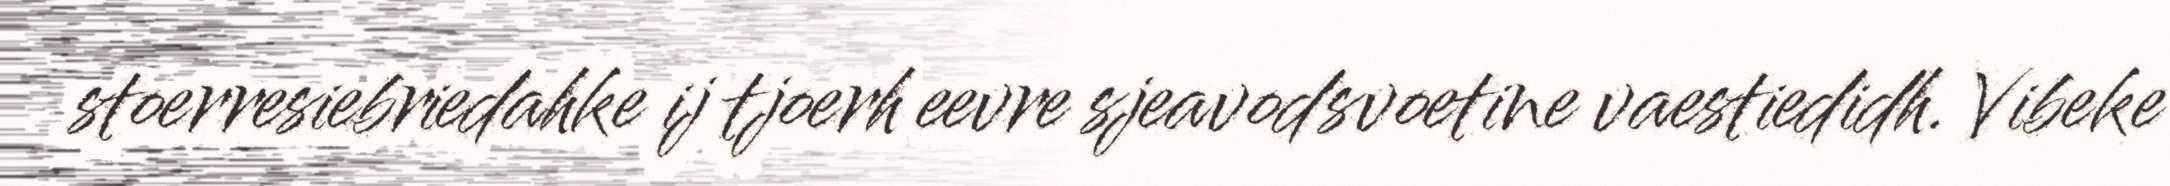
stoerresiebriedahke ij tjoerh eevre sjeavodsvoetine vaestiedidh. Vibeke